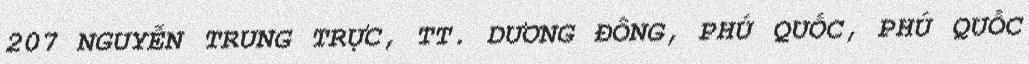
207 NGUYỄN TRUNG TRỰC, TT. DƯƠNG ĐÔNG, PHÚ QUỐC, PHÚ QUỐC